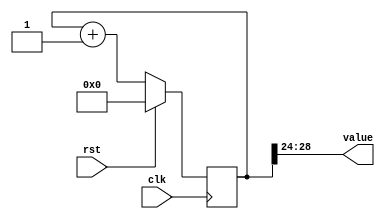
/*
   This file was generated automatically by the Mojo IDE version B1.3.6.
   Do not edit this file directly. Instead edit the original Lucid source.
   This is a temporary file and any changes made to it will be destroyed.
*/

/*
   Parameters:
     SIZE = $clog2(32)
     DIV = FLIP
     TOP = 32
     UP = 1
*/
module counter_26 (
    input clk,
    input rst,
    output reg [4:0] value
  );
  
  localparam SIZE = 3'h5;
  localparam DIV = 5'h18;
  localparam TOP = 6'h20;
  localparam UP = 1'h1;
  
  
  reg [28:0] M_ctr_d, M_ctr_q = 1'h0;
  
  localparam MAX_VALUE = 30'h20ffffff;
  
  always @* begin
    M_ctr_d = M_ctr_q;
    
    value = M_ctr_q[24+4-:5];
    if (1'h1) begin
      M_ctr_d = M_ctr_q + 1'h1;
      if (1'h1 && M_ctr_q == 30'h20ffffff) begin
        M_ctr_d = 1'h0;
      end
    end else begin
      M_ctr_d = M_ctr_q - 1'h1;
      if (1'h1 && M_ctr_q == 1'h0) begin
        M_ctr_d = 30'h20ffffff;
      end
    end
  end
  
  always @(posedge clk) begin
    if (rst == 1'b1) begin
      M_ctr_q <= 1'h0;
    end else begin
      M_ctr_q <= M_ctr_d;
    end
  end
  
endmodule